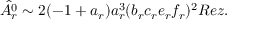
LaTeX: \hat { A _ { r } ^ { 0 } } \sim 2 ( - 1 + a _ { r } ) a _ { r } ^ { 3 } ( b _ { r } c _ { r } e _ { r } f _ { r } ) ^ { 2 } R e z .